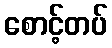
စောင့်တပ်